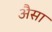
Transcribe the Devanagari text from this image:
अैसा